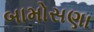
બામોસણા